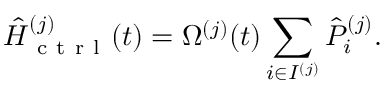
\hat { H } _ { \mathrm { ~ c ~ t ~ r ~ l ~ } } ^ { ( j ) } ( t ) = \Omega ^ { ( j ) } ( t ) \sum _ { i \in { I ^ { ( j ) } } } \hat { P } _ { i } ^ { ( j ) } .